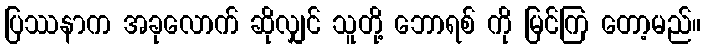
ပြဿနာက အခုလောက် ဆိုလျှင် သူတို့ ဘောရစ် ကို မြင်ကြ တော့မည်။